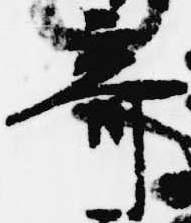
奇